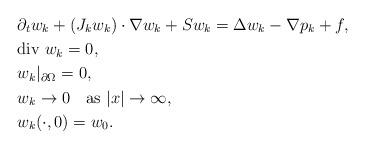
LaTeX: \begin{align*}&\partial_tw_k+(J_kw_k)\cdot\nabla w_k+Sw_k=\Delta w_k-\nabla p_k+f, \\&\mbox{div $w_k$}=0, \\&w_k|_{\partial\Omega}=0, \\&w_k\to 0 \quad\mbox{as $|x|\to\infty$}, \\&w_k(\cdot,0)=w_0.\end{align*}